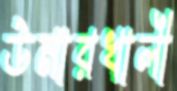
উমারখালী